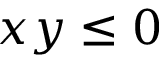
x y \le 0